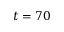
t = 7 0